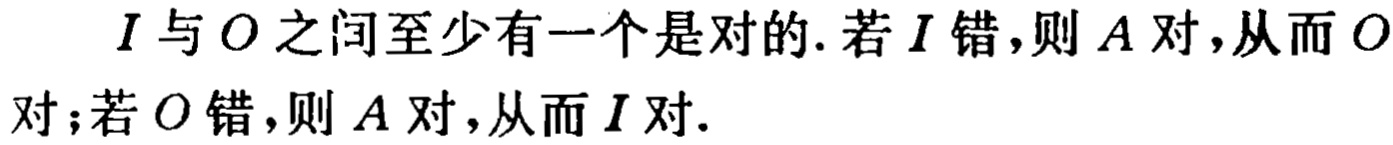
$I$与$O$之间至少有一个是对的. 若$I$错,则$A$对,从而$O$对; 若$O$错,则$A$对,从而$I$对.